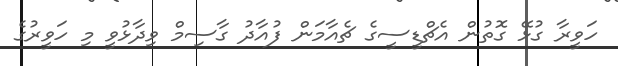
ހަވީރާ ގުޅޭ ގޮތުން އެޗްޑީސީގެ ޗެއާމަން ފުއާދު ގާސިމް ވިދާޅުވީ މި ހަވީރުގެ